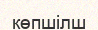
көпшілш